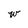
Character: w